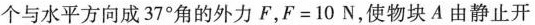
个与水平方向成37^{\circ}角的外力F，$$F=10N$$，使物块A由静止开